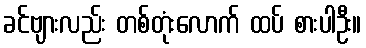
ခင်ဗျားလည်း တစ်တုံးလောက် ထပ် စားပါဦး။